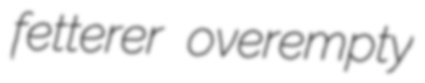
fetterer overempty